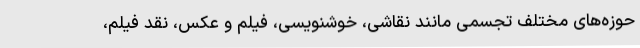
حوزه‌های مختلف تجسمی مانند نقاشی، خوشنویسی، فیلم و عکس، نقد فیلم،